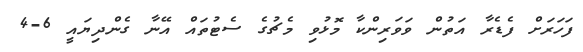
ފަހަރަށް ފެޑެރާ އަތުން ވަވަރިންކާ މޮޅުވި މެޗުގެ ސެޓުތައް އޭނާ ގެންދިޔައީ 6-4